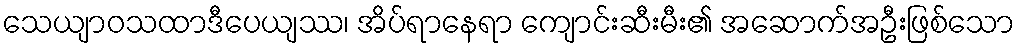
သေယျာဝသထာဒီပေယျဿ၊ အိပ်ရာနေရာ ကျောင်းဆီးမီး၏ အဆောက်အဦးဖြစ်သော